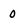
Character: 0